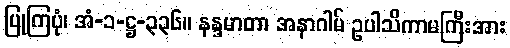
ပြုကြပုံ၊ အံ-၁-ဋ္ဌ-၃၃၆။ နန္ဒမာတာ အနာဂါမ် ဥပါသိကာမကြီးအား